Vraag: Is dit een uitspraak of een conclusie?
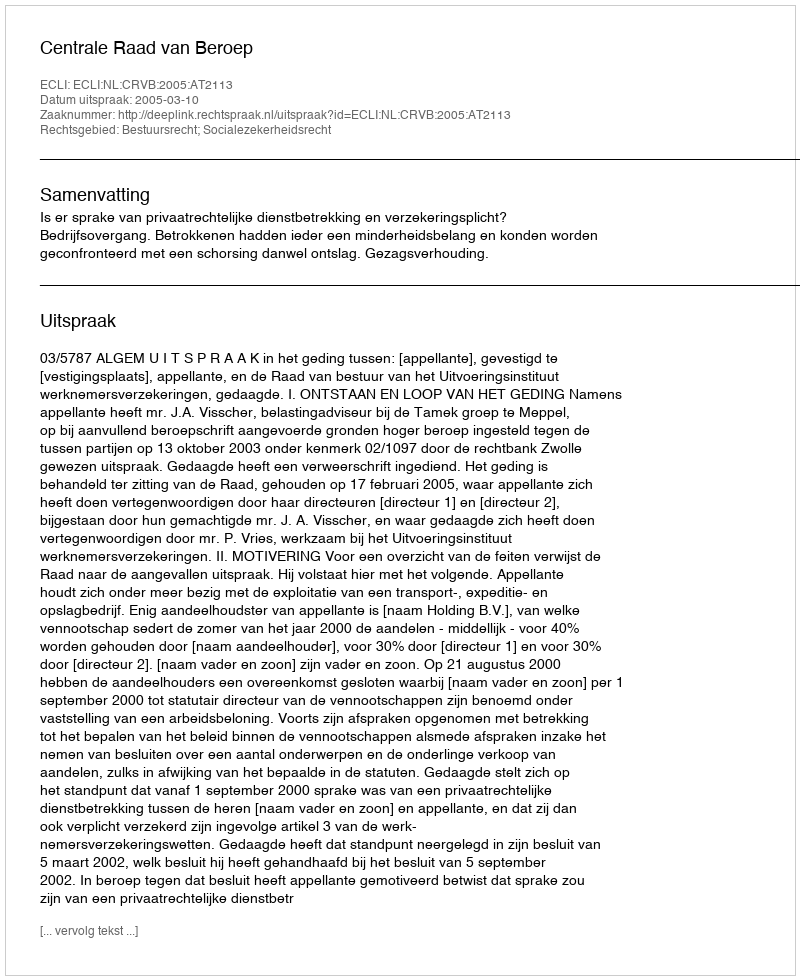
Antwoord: Uitspraak